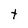
Character: t